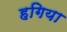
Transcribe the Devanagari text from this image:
हगिया